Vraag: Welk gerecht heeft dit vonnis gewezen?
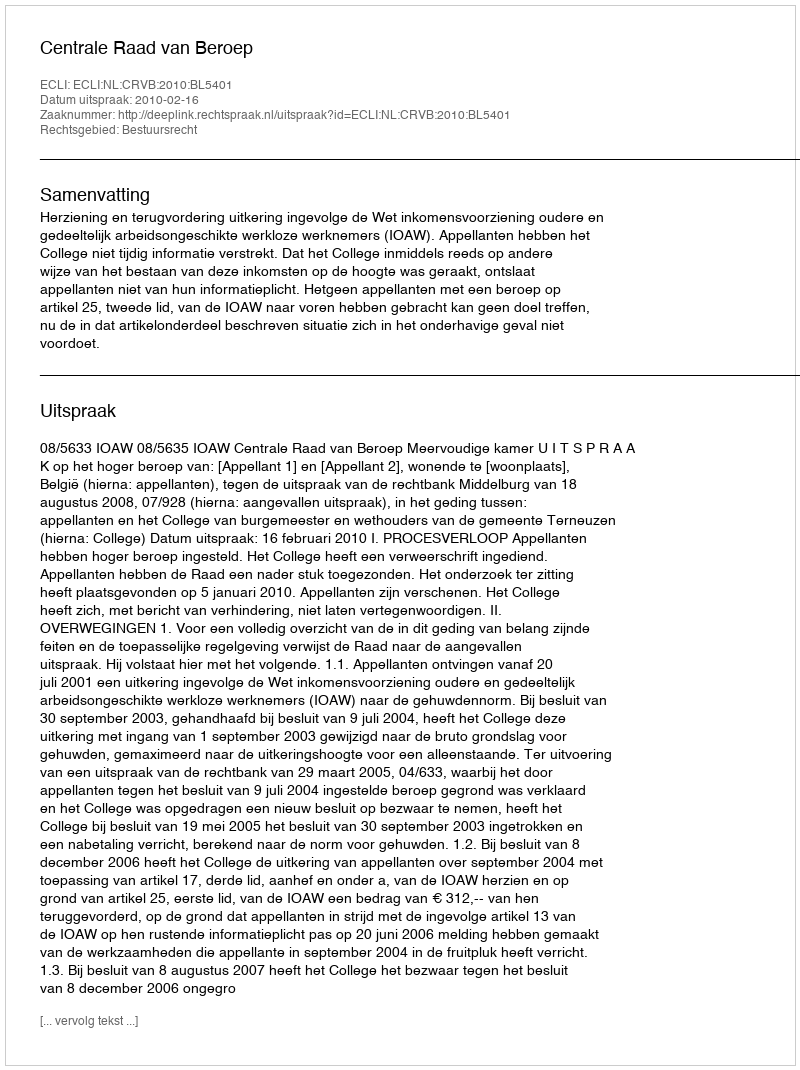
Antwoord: Centrale Raad van Beroep